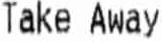
TAKE AWAY